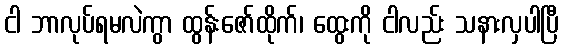
ငါ ဘာလုပ်ရမလဲကွာ ထွန်းဇော်ထိုက်၊ ထွေးကို ငါလည်း သနားလှပါပြီ